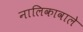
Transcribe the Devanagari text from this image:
नालिकावाले